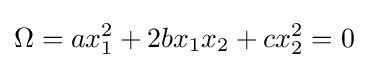
\Omega =ax_{1}^{2}+2bx_{1}x_{2}+cx_{2}^{2}=0